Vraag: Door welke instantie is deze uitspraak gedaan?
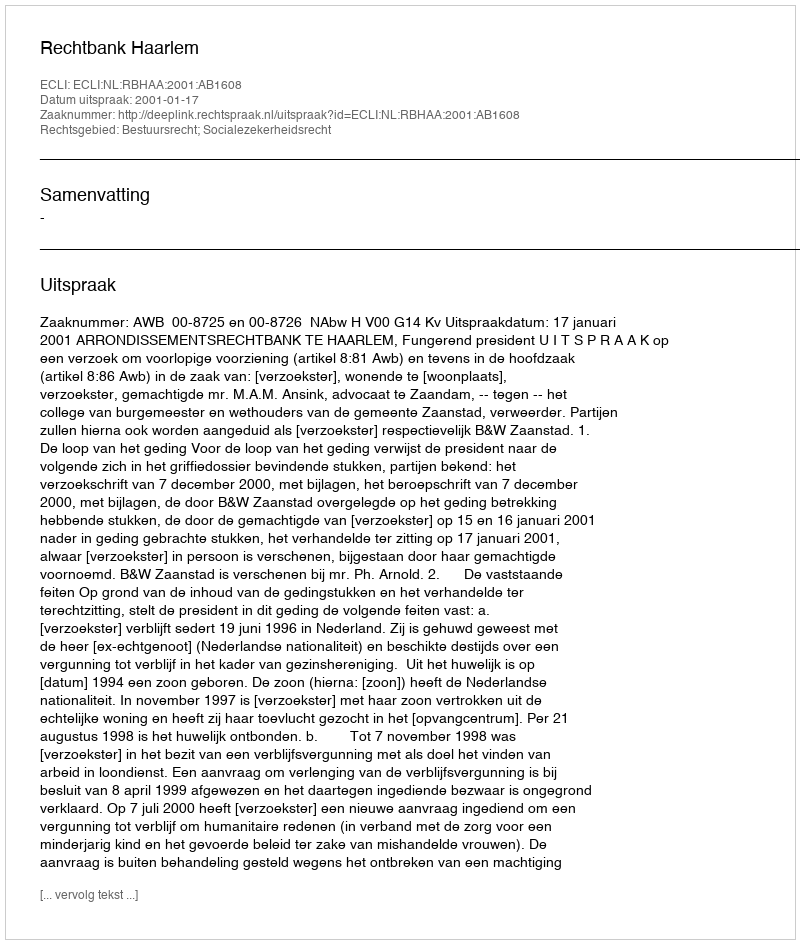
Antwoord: Rechtbank Haarlem